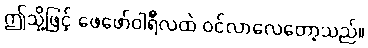
ဤသို့ဖြင့် ဖေဖော်ဝါရီလထဲ ဝင်လာလေတော့သည်။